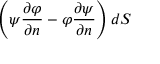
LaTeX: \left( \psi { \frac { \partial \varphi } { \partial n } } - \varphi { \frac { \partial \psi } { \partial n } } \right) d S